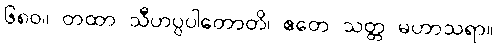
၆၈၀။ တထာ သီဟပ္ပပါတောတိ၊ ဧတေ သတ္တ မဟာသရာ။